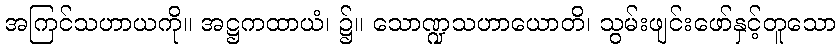
အကြင်သဟာယကို။ အဋ္ဌကထာယံ၊ ၌။ သောဏ္ဍသဟာယောတိ၊ သွမ်းဖျင်းဖော်နှင့်တူသော